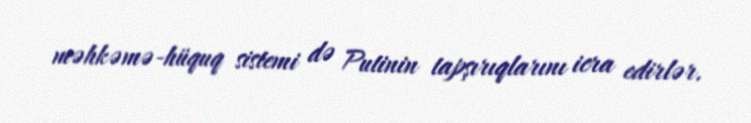
məhkəmə-hüquq sistemi də Putinin tapşırıqlarını icra edirlər.